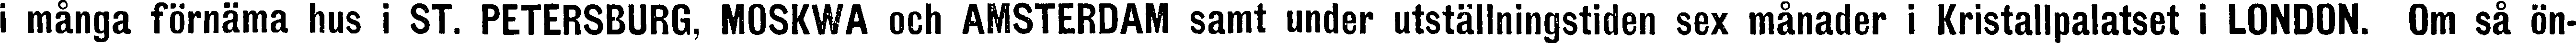
i många förnäma hus i ST. PETERSBURG, MOSKWA och AMSTERDAM samt under utställningstiden sex månader i Kristallpalatset i LONDON. Om så ön-